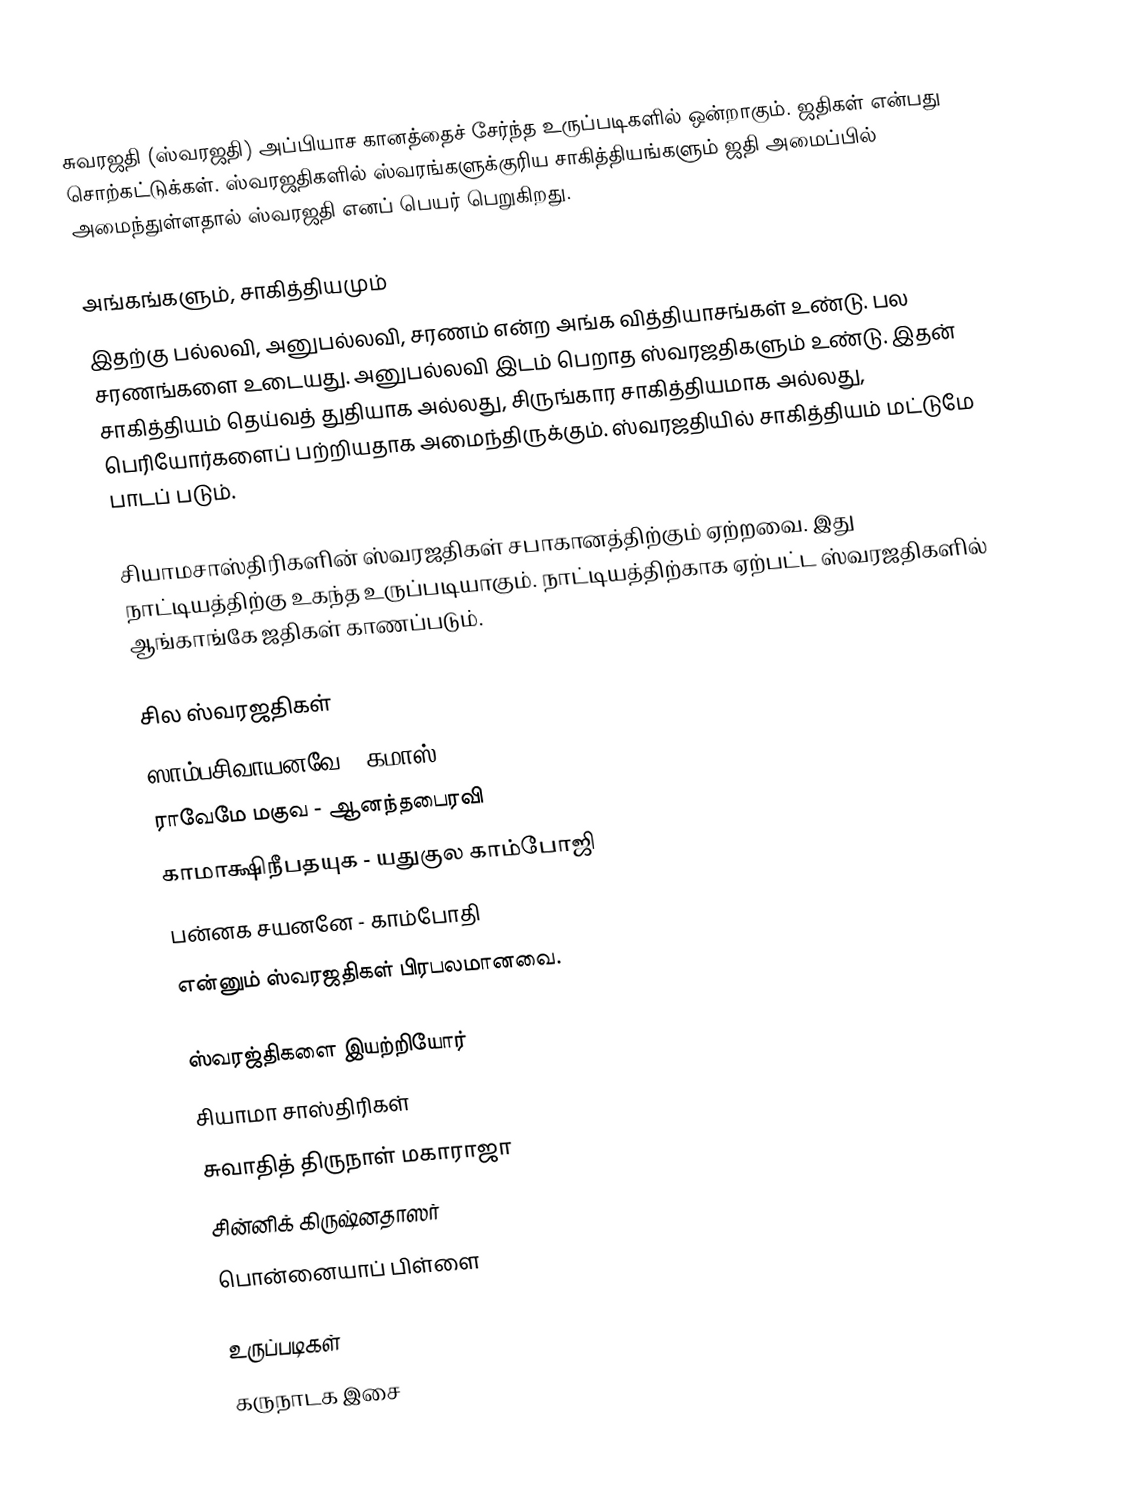
சுவரஜதி (ஸ்வரஜதி) அப்பியாச கானத்தைச் சேர்ந்த உருப்படிகளில் ஒன்றாகும். ஜதிகள் என்பது சொற்கட்டுக்கள். ஸ்வரஜதிகளில் ஸ்வரங்களுக்குரிய சாகித்தியங்களும் ஜதி அமைப்பில் அமைந்துள்ளதால் ஸ்வரஜதி எனப் பெயர் பெறுகிறது.

அங்கங்களும், சாகித்தியமும்
இதற்கு பல்லவி, அனுபல்லவி, சரணம் என்ற அங்க வித்தியாசங்கள் உண்டு. பல சரணங்களை உடையது. அனுபல்லவி இடம் பெறாத ஸ்வரஜதிகளும் உண்டு. இதன் சாகித்தியம் தெய்வத் துதியாக அல்லது, சிருங்கார சாகித்தியமாக அல்லது, பெரியோர்களைப் பற்றியதாக அமைந்திருக்கும். ஸ்வரஜதியில் சாகித்தியம் மட்டுமே பாடப் படும்.

சியாமசாஸ்திரிகளின் ஸ்வரஜதிகள் சபாகானத்திற்கும் ஏற்றவை. இது நாட்டியத்திற்கு உகந்த உருப்படியாகும். நாட்டியத்திற்காக ஏற்பட்ட ஸ்வரஜதிகளில் ஆங்காங்கே ஜதிகள் காணப்படும்.

சில ஸ்வரஜதிகள்
 ஸாம்பசிவாயனவே - கமாஸ்
 ராவேமே மகுவ - ஆனந்தபைரவி
 காமாக்ஷிநீபதயுக - யதுகுல காம்போஜி
 பன்னக சயனனே - காம்போதி
என்னும் ஸ்வரஜதிகள் பிரபலமானவை.

ஸ்வரஜ்திகளை இயற்றியோர்
 சியாமா சாஸ்திரிகள்
 சுவாதித் திருநாள் மகாராஜா
 சின்னிக் கிருஷ்னதாஸர்
 பொன்னையாப் பிள்ளை

உருப்படிகள்
கருநாடக இசை